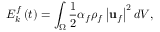
E _ { k } ^ { f } \left( t \right) = \int _ { \Omega } \frac { 1 } { 2 } \alpha _ { f } \rho _ { f } \left| \mathbf { u } _ { f } \right| ^ { 2 } d V ,